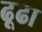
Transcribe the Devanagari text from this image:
ढ़ूढा